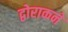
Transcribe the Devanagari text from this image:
द्वोराकने